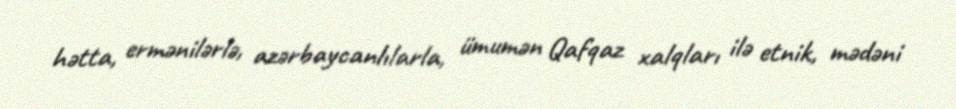
hətta, ermənilərlə, azərbaycanlılarla, ümumən Qafqaz xalqları ilə etnik, mədəni